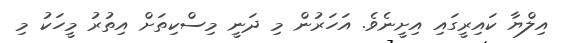
އިލްޔާ ކައިރީގައި އިށީނެވެ. އަހަރުން މި ދަނީ މިސްކިތަށް އިތުރު މީހަކު މި